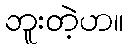
ဘူးတဲ့ဟ။